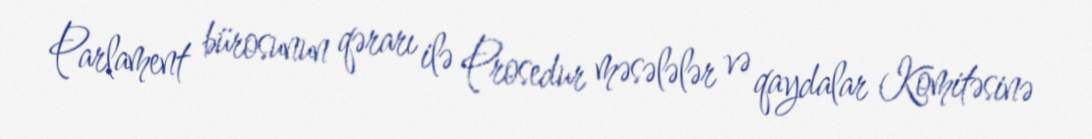
Parlament bürosunun qərarı ilə Prosedur məsələlər və qaydalar Komitəsinə